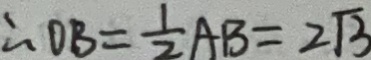
\therefore O B = \frac { 1 } { 2 } A B = 2 \sqrt { 3 }